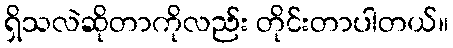
ရှိသလဲဆိုတာကိုလည်း တိုင်းတာပါတယ်။